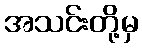
အသင်းတို့မှ